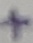
Text: +